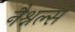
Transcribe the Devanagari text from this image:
नैश्नल्स